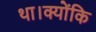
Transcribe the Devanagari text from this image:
था।क्योंकि